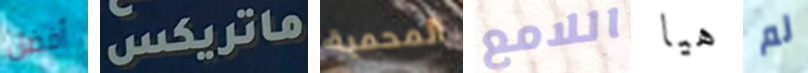
أفضل ماتريكس المحمية اللامع هيا لم